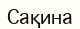
Сақина